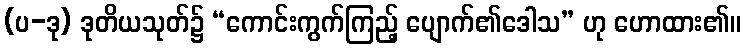
(ပ-ဒု) ဒုတိယသုတ်၌ “ကောင်းကွက်ကြည့် ပျောက်၏ဒေါသ” ဟု ဟောထား၏။